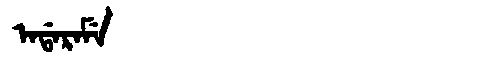
Manchu: ᠠᡩᠠᡵᠠᠮᡝ
Romanization: ADARAME